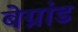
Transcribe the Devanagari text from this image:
बेग्रांड